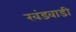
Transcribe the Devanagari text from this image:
खंडवाडी